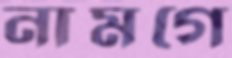
নামগে